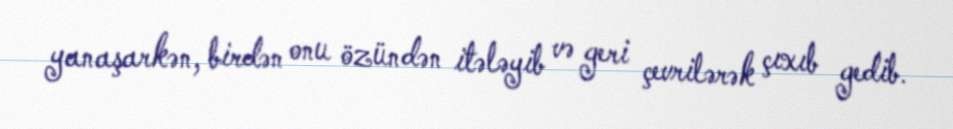
yanaşarkən, birdən onu özündən itələyib və geri çevrilərək çıxıb gedib.